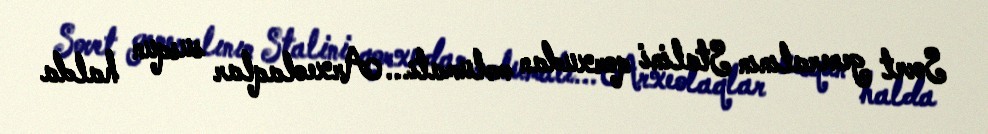
Sovet generalının Stalini qorxudan məlumatı... Arxeolaqlar susqun halda